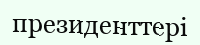
президенттері